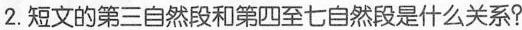
2.短文的第三自然段和第四至七自然段是什么关系?